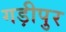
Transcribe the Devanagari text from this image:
गड़ीपुर